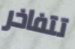
تتفاخر